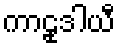
ကာဠုဒါယီ